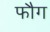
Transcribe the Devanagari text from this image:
फौग